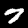
Label: 7